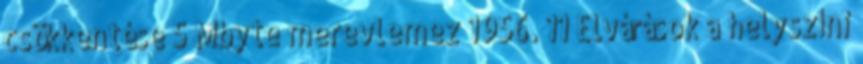
csökkentése 5 Mbyte merevlemez 1956. 11 Elvárások a helyszíni